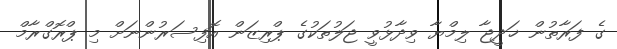
ގެ ފަރާތުން ޚަދީޖާ ލިމްޔާ ވިދާޅުވީ ޖަލުތަކުގެ ޕްރިޒަން އޮފިސަރުންނަށް މި ޕްރޮގްރާމް